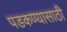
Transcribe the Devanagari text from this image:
पडकण्यासाठी